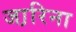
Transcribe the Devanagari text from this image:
जा़रिना